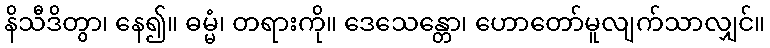
နိသီဒိတွာ၊ နေ၍။ ဓမ္မံ၊ တရားကို။ ဒေသေန္တော၊ ဟောတော်မူလျက်သာလျှင်။